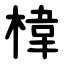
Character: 椲